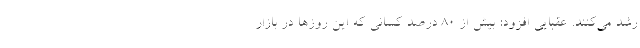
رشد می‌کنند. عقبایی افزود: بیش از ۸۰ درصد کسانی که این روزها در بازار